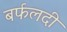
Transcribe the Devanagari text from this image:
बर्फलदी